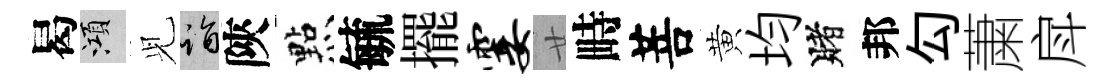
曷澒𫤗诣陝㸃毓擺霎廿畤菩黄均賭邦勾䔥戽